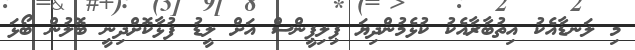
މި ލަނޑާއެކު އިތުބާރާއެކު ކުޅެމުންދިޔަ ޕިލިޕީންސް އަށް ލީޑު ފުޅާކޮށްދިނީ ބޮލުން ބޯޅަ